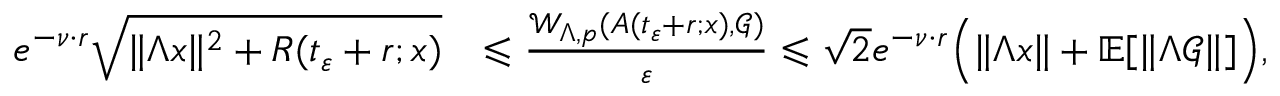
\begin{array} { r l } { \quad e ^ { - \nu \cdot r } \sqrt { \| \Lambda x \| ^ { 2 } + R ( t _ { \varepsilon } + r ; x ) } } & { \leqslant \frac { \mathcal { W } _ { \Lambda , p } ( A ( t _ { \varepsilon } + r ; x ) , \mathcal { G } ) } { \varepsilon } \leqslant { \sqrt { 2 } } e ^ { - \nu \cdot r } \Big ( \| \Lambda x \| + \mathbb { E } [ \| \Lambda \mathcal { G } \| ] \Big ) , } \end{array}